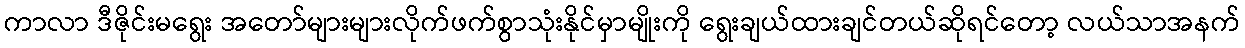
ကာလာ ဒီဇိုင်းမရွေး အတော်များများလိုက်ဖက်စွာသုံးနိုင်မှာမျိုးကို ရွေးချယ်ထားချင်တယ်ဆိုရင်တော့ လယ်သာအနက်